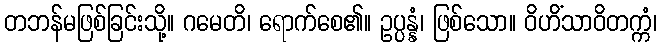
တဘန်မဖြစ်ခြင်းသို့။ ဂမေတိ၊ ရောက်စေ၏။ ဥပ္ပန္နံ၊ ဖြစ်သော။ ဝိဟိံသာဝိတက္ကံ၊